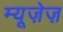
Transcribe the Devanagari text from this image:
म्यूज़ेज़